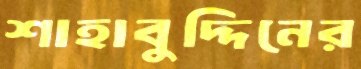
শাহাবুদ্দিনের